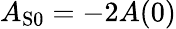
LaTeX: A_{\mathrm{S0}}=-2A(0)